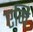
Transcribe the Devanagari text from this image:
एमि